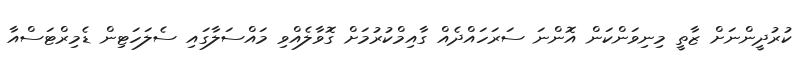
ކުރުދީންނަށް ޒާތީ މިނިވަންކަން އޮންނަ ސަރަހައްދެއް ގާއިމްކުރުމަށް ގޮވާލެއްވި މައްސަލާގައި ސެލަހަޓިން ޑެމިރްޓަސްއާ